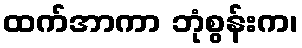
ထက်အာကာ ဘုံစွန်းက၊